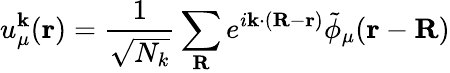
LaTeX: u_{\mu}^{\mathbf{k}}(\mathbf{r})=\frac{1}{\sqrt{N_{k}}}\sum_{\mathbf{R}}e^{i\mathbf{k}\cdot(\mathbf{R}-\mathbf{r})}\tilde{\phi}_{\mu}(\mathbf{r}-\mathbf{R})